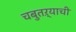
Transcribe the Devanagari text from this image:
चबुतऱ्याची